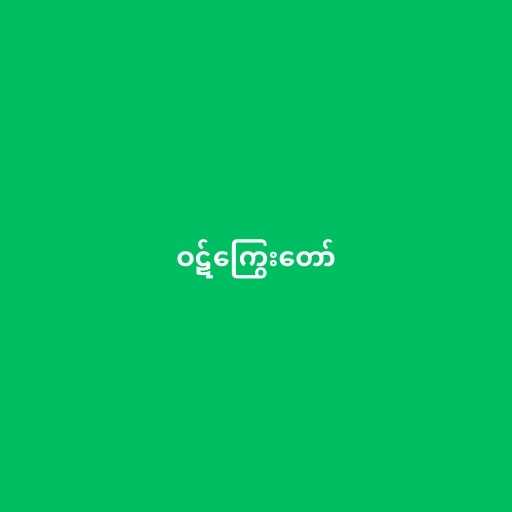
ဝဋ်ကြွေးတော်